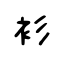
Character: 衫